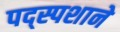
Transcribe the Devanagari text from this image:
पद्स्पशाने